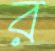
র